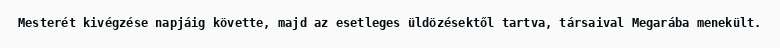
Mesterét kivégzése napjáig követte, majd az esetleges üldözésektől tartva, társaival Megarába menekült.